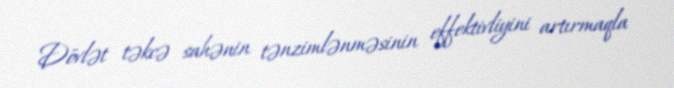
Dövlət təkcə sahənin tənzimlənməsinin effektivliyini artırmaqla